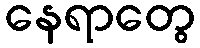
နေရာတွေ